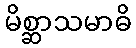
မိစ္ဆာသမာဓိ